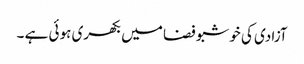
آزادی کی خوشبو فضا میں بکھری ہوئی ہے ۔